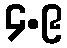
၄.၉